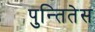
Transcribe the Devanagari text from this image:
पुन्तितेस